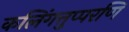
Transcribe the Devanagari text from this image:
कलिंगत्तुप्परणि